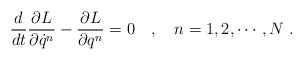
\begin{align*}\frac{d}{dt}\frac{\partial L}{\partial\dot{q}^n}-\frac{\partial L}{\partial q^n}=0\ \ \ ,\ \ \ n=1,2,\cdots,N\ .\end{align*}